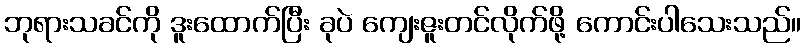
ဘုရားသခင်ကို ဒူးထောက်ပြီး ခုပဲ ကျေးဇူးတင်လိုက်ဖို့ ကောင်းပါသေးသည်။